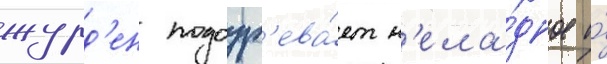
журд'ен подозр'ева́ет н'ела́дное и́